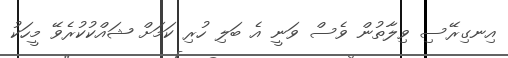
އިނގިރޭސި ވިލާތުން ވެސް ވަނީ އެ ބަލި ހުރި ކަމަށް ޝައްކުކުރެވޭ މީހަކު